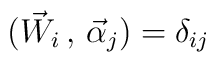
({\vec W}_{i}\, ,\, {\vec \alpha}_{j})=\delta_{ij}